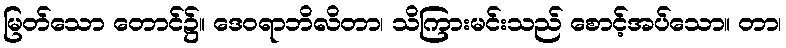
မြတ်သော တောင်၌။ ဒေဝရာဘိလိတာ၊ သိကြားမင်းသည် စောင့်အပ်သော။ တာ၊